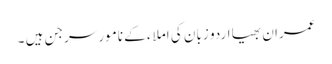
عمران بھیا اردو زبان کی املاء کے نامور سرجن ہیں ۔